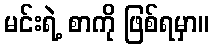
မင်းရဲ့ စာကို ဖြစ်ရမှာ။